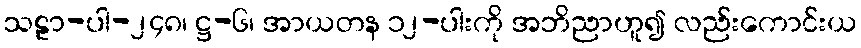
သဠာ-ပါ-၂၄၈၊ ဋ္ဌ-၆၊ အာယတန ၁၂-ပါးကို အဘိညာဟူ၍ လည်းကောင်းယ